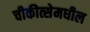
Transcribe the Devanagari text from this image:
चीकीत्सेमधील